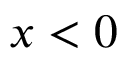
x < 0